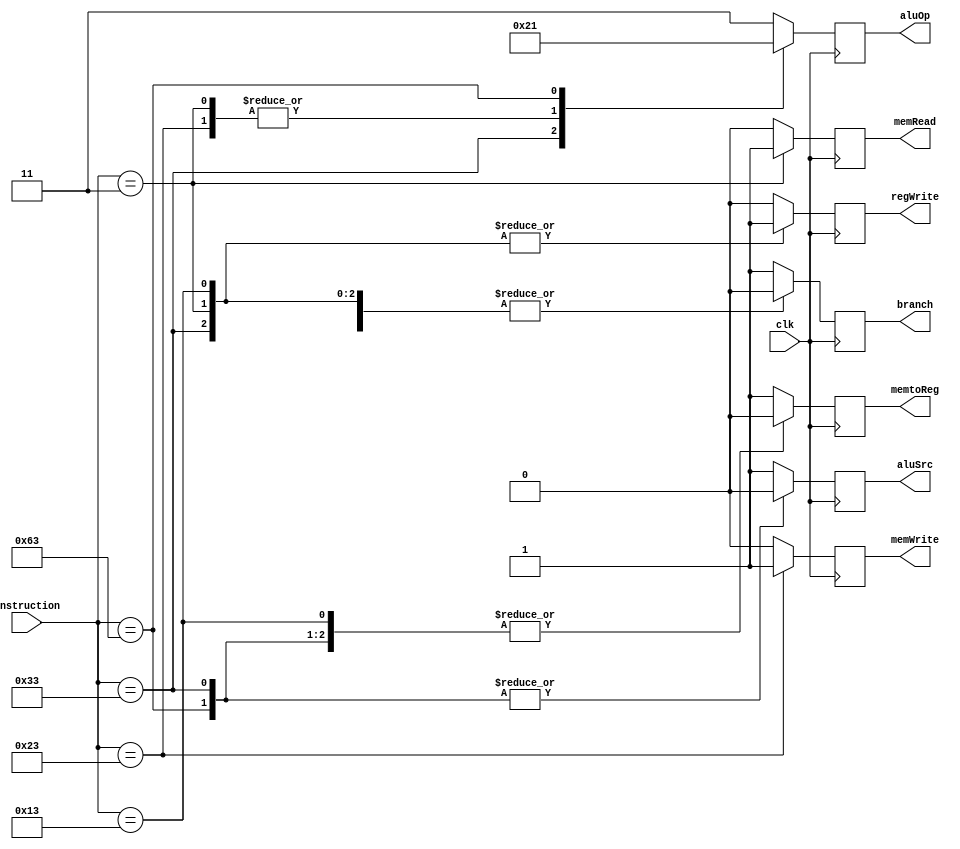
module controle (
    input wire clk,
    input wire [6:0]instruction,
    output reg branch,
    output reg memRead,
    output reg memtoReg,
    output reg [1:0]aluOp,
    output reg memWrite,
    output reg aluSrc,
    output reg regWrite
    );
    always @(posedge clk) begin
        case (instruction)
            7'b0110011: begin // Tipo-R
                branch = 0;
                memRead = 0;
                memtoReg = 0;
                memWrite = 0;
                aluSrc = 0;
                regWrite = 1;
                aluOp = 2'b10;  
            end
            7'b0000011: begin // lw
                branch = 0;
                memRead = 1;
                memtoReg = 1;
                memWrite = 0;
                aluSrc = 1;
                regWrite = 1;
                aluOp = 2'b00; 
            end
            7'b0100011: begin // sw
                branch = 0;
                memRead = 0;
                memtoReg = 0;
                memWrite = 1;
                aluSrc = 1;
                regWrite = 0;
                aluOp = 2'b00;
            end
            7'b1100011: begin // BRANCH
                branch = 1;
                memRead = 0;
                memtoReg = 0;
                memWrite = 0;
                aluSrc = 0;
                regWrite = 0;
                aluOp = 2'b01;
            end
            7'b0010011: begin // Tipo-I
                branch = 0;
                memRead = 0;
                memtoReg = 0;
                memWrite = 0;
                aluSrc = 1;
                regWrite = 1;
                aluOp = 2'b11; // ADDI
            end
            default: begin
                branch = 1;
                memRead = 0;
                memtoReg = -1;
                memWrite = 0;
                aluSrc = -1;
                regWrite = 0;
                aluOp = 2'b11; // ADDI
            end
        endcase
    end
endmodule